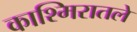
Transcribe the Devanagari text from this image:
काश्मिरातले